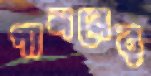
পালনের